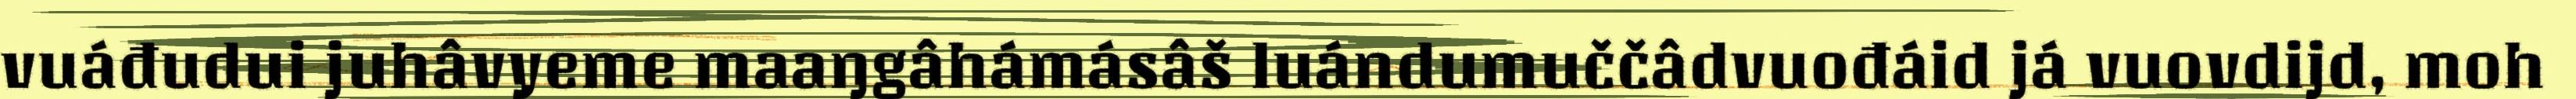
vuáđudui juhâvyeme maaŋgâhámásâš luándumuččâdvuođáid já vuovdijd, moh